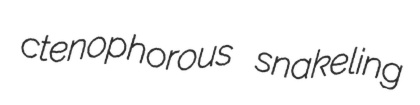
ctenophorous snakeling